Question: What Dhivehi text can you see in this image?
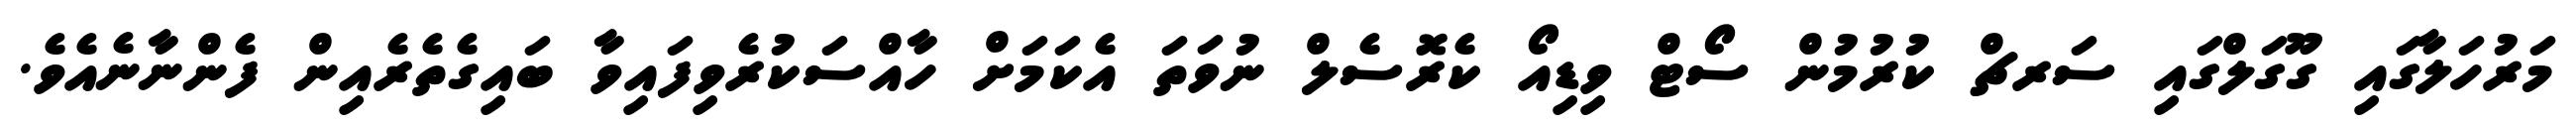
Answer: މަރުހަލާގައި ގޫގަލްގައި ސަރޗް ކުރުމުން ސޯޓް ވިޑިއޯ ކެރޮސެލް ނުވަތަ އެކަމަށް ހާއްސަކުރެވިފައިވާ ބައިގެތެރެއިން ފެންނާނެއެވެ.